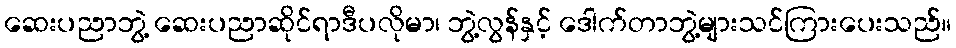
ဆေးပညာဘွဲ့ ဆေးပညာဆိုင်ရာဒီပလိုမာ၊ ဘွဲ့လွန်နှင့် ဒေါက်တာဘွဲ့များသင်ကြားပေးသည်။